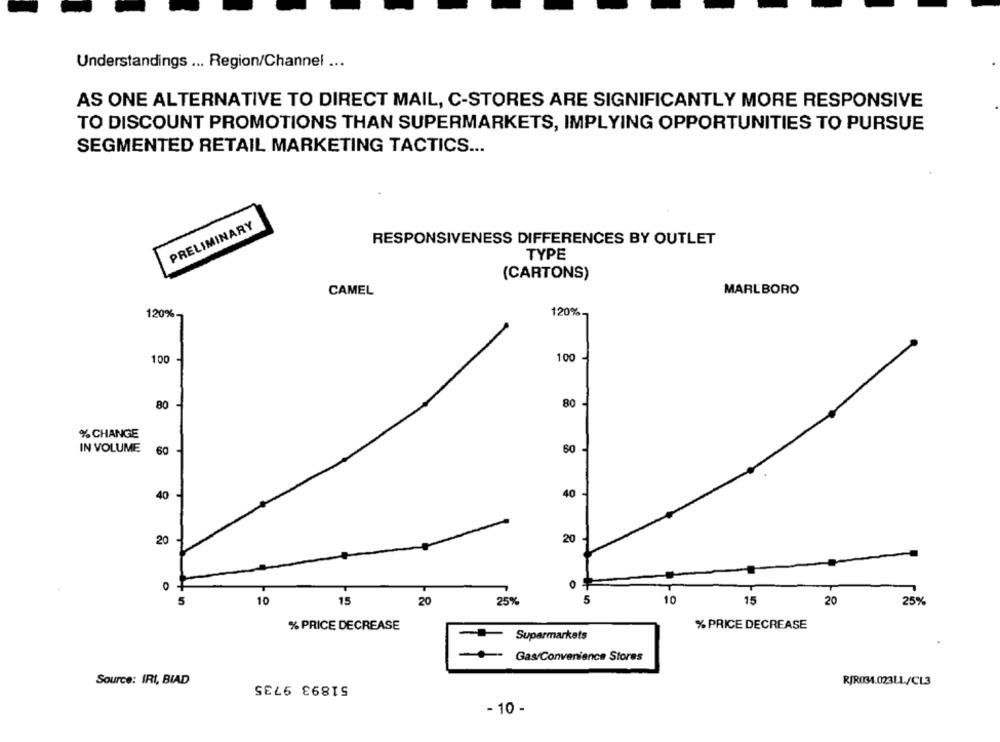
Understandings ... Region/Channel ...
AS ONE ALTERNATIVE TO DIRECT MAIL, C-STORES ARE SIGNIFICANTLY MORE RESPONSIVE
TO DISCOUNT PROMOTIONS THAN SUPERMARKETS, IMPLYING OPPORTUNITIES TO PURSUE
SEGMENTED RETAIL MARKETING TACTICS ...
PRELIMINARY
RESPONSIVENESS DIFFERENCES BY OUTLET
TYPE
(CARTONS)
CAMEL
MARLBORO
120%
120%-
100
100
80
80
% CHANGE
IN VOLUME
60
60
40
40
20
20
5
10
15
20
25%
5
10
15
20
25%
% PRICE DECREASE
% PRICE DECREASE
Supermarkets
Gas/Convenience Stores
Source: IRI, BIAD
51893 9735
R/R034.023LL/CL3
- 10 -